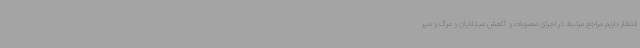
انتظار داریم مراجع مرتبط در اجرای مصوبات و کاهش مبتلایان و مرگ و میر